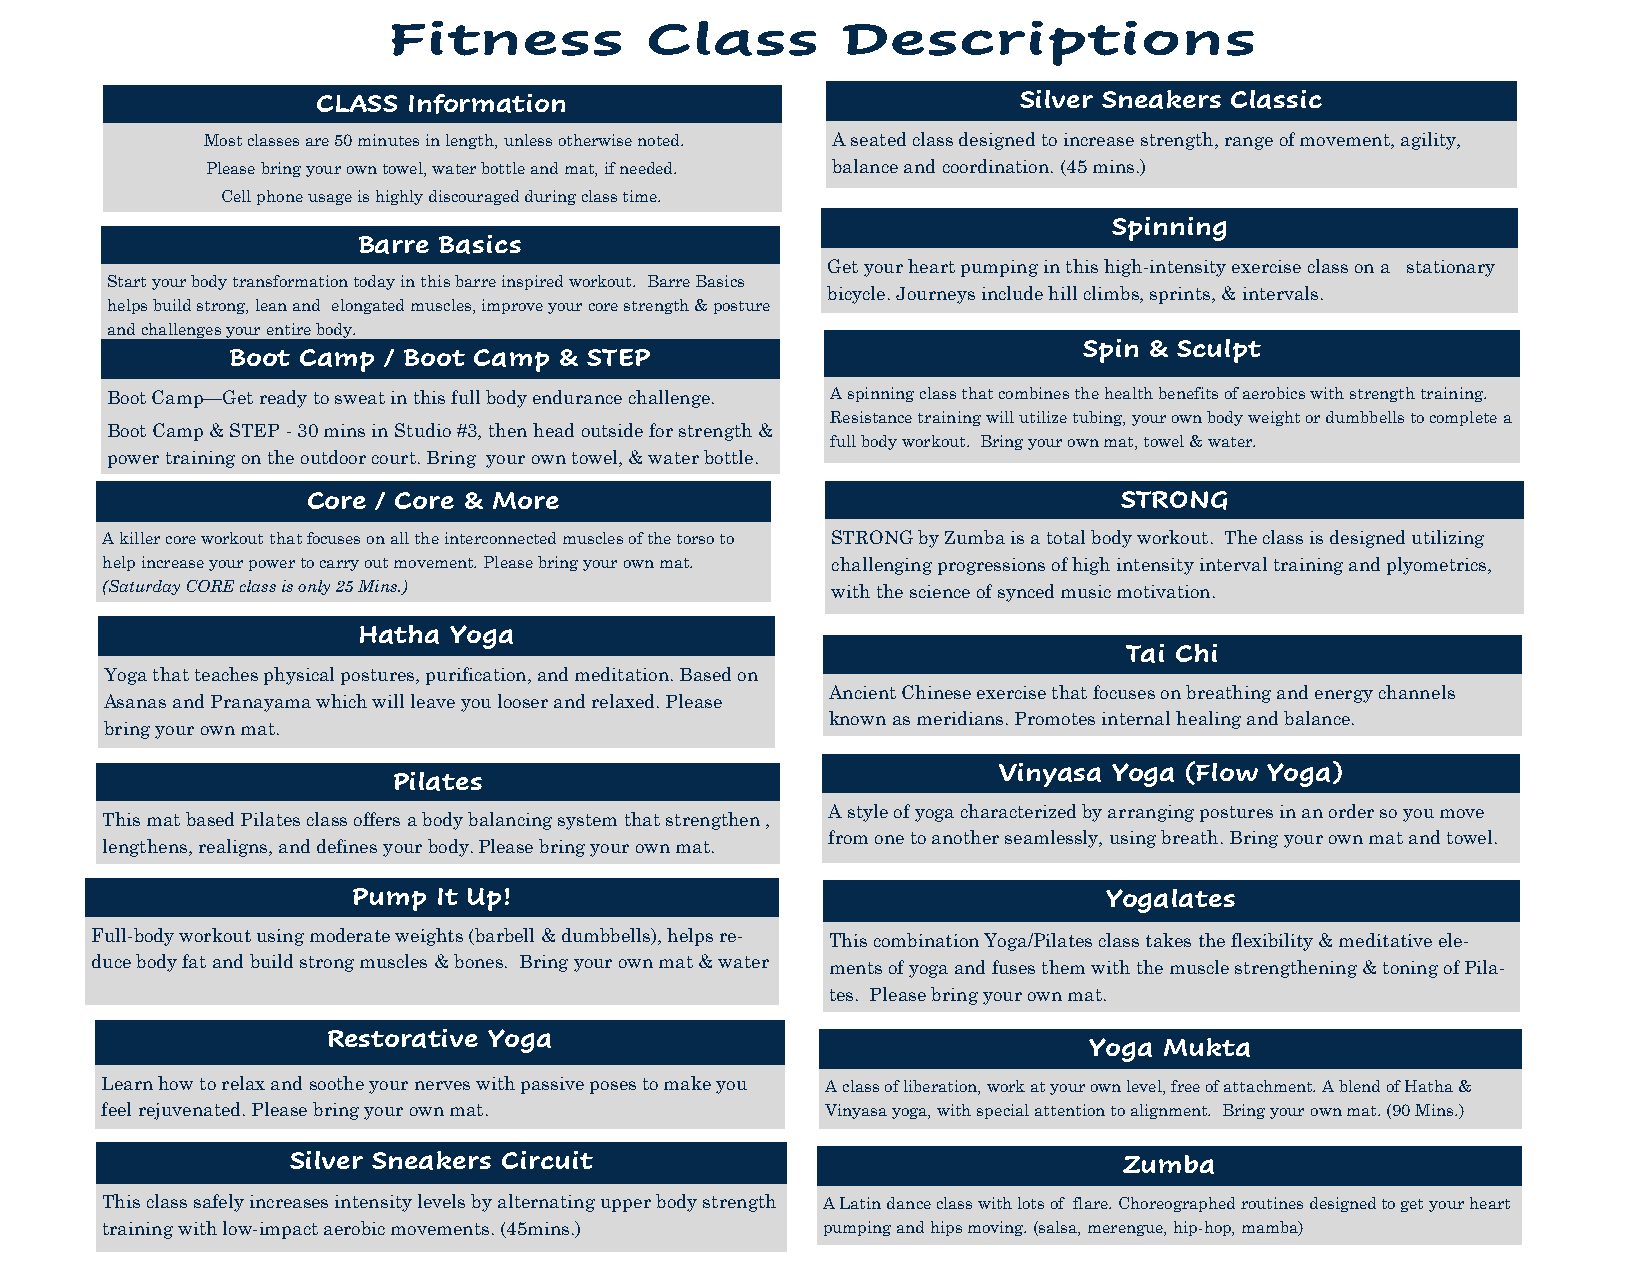
CLASS Information                             Silver Sneakers Classic
 Most classes are 50 minutes in length, unless otherwise noted. A seated class designed to increase strength, range of movement, agility,
 Please bring your own towel, water bottle and mat, if needed. balance and coordination. (45 mins.)
 Cell phone usage is highly discouraged during class time.
 Spinning
 Barre Basics
 Get your heart pumping in this high-intensity exercise class on a stationary
 Start your body transformation today in this barre inspired workout. Barre Basics
 bicycle. Journeys include hill climbs, sprints, & intervals.
 helps build strong, lean and elongated muscles, improve your core strength & posture
 and challenges your entire body.
 Spin & Sculpt
 Boot Camp / Boot Camp & STEP
 Boot Camp—Get ready to sweat in this full body endurance challenge. A spinning class that combines the health benefits of aerobics with strength training.
 Resistance training will utilize tubing, your own body weight or dumbbells to complete a
 Boot Camp & STEP - 30 mins in Studio #3, then head outside for strength &
 full body workout. Bring your own mat, towel & water.
 power training on the outdoor court. Bring your own towel, & water bottle.
 Core / Core & More                                    STRONG
 A killer core workout that focuses on all the interconnected muscles of the torso to STRONG by Zumba is a total body workout. The class is designed utilizing
 help increase your power to carry out movement. Please bring your own mat. challenging progressions of high intensity interval training and plyometrics,
 (Saturday CORE class is only 25 Mins.)          with the science of synced music motivation.
 Hatha Yoga
 Tai Chi
 Yoga that teaches physical postures, purification, and meditation. Based on
 Ancient Chinese exercise that focuses on breathing and energy channels
 Asanas and Pranayama which will leave you looser and relaxed. Please
 known as meridians. Promotes internal healing and balance.
 bring your own mat.
 Vinyasa Yoga (Flow Yoga)
 Pilates
 A style of yoga characterized by arranging postures in an order so you move
 This mat based Pilates class offers a body balancing system that strengthen ,
 from one to another seamlessly, using breath. Bring your own mat and towel.
 lengthens, realigns, and defines your body. Please bring your own mat.
 Pump  It Up!                                      Yogalates
 Full-body workout using moderate weights (barbell & dumbbells), helps re- This combination Yoga/Pilates class takes the flexibility & meditative ele-
 duce body fat and build strong muscles & bones. Bring your own mat & water ments of yoga and fuses them with the muscle strengthening & toning of Pila-
 tes. Please bring your own mat.
 Restorative Yoga
 Yoga Mukta
 Learn how to relax and soothe your nerves with passive poses to make you A class of liberation, work at your own level, free of attachment. A blend of Hatha &
 feel rejuvenated. Please bring your own mat.    Vinyasa yoga, with special attention to alignment. Bring your own mat. (90 Mins.)
 Silver Sneakers Circuit                                Zumba
 This class safely increases intensity levels by alternating upper body strength A Latin dance class with lots of flare. Choreographed routines designed to get your heart
 training with low-impact aerobic movements. (45mins.) pumping and hips moving. (salsa, merengue, hip-hop, mamba)